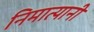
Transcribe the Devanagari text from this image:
निमात्यानी